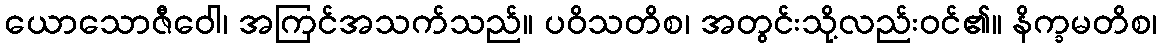
ယောသောဇီဝေါ၊ အကြင်အသက်သည်။ ပဝိသတိစ၊ အတွင်းသို့လည်းဝင်၏။ နိက္ခမတိစ၊